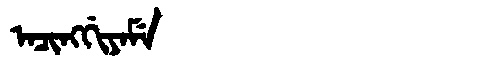
Manchu: ᠠᠴᡳᠩᡤᡳᠶᠠᠮᡝ
Romanization: ACINGGIYAME